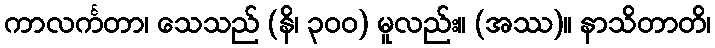
ကာလင်္ကတာ၊ သေသည် (နိ၊ ၃၀၀) မူလည်း။ (အဿ)။ နာသိတာတိ၊